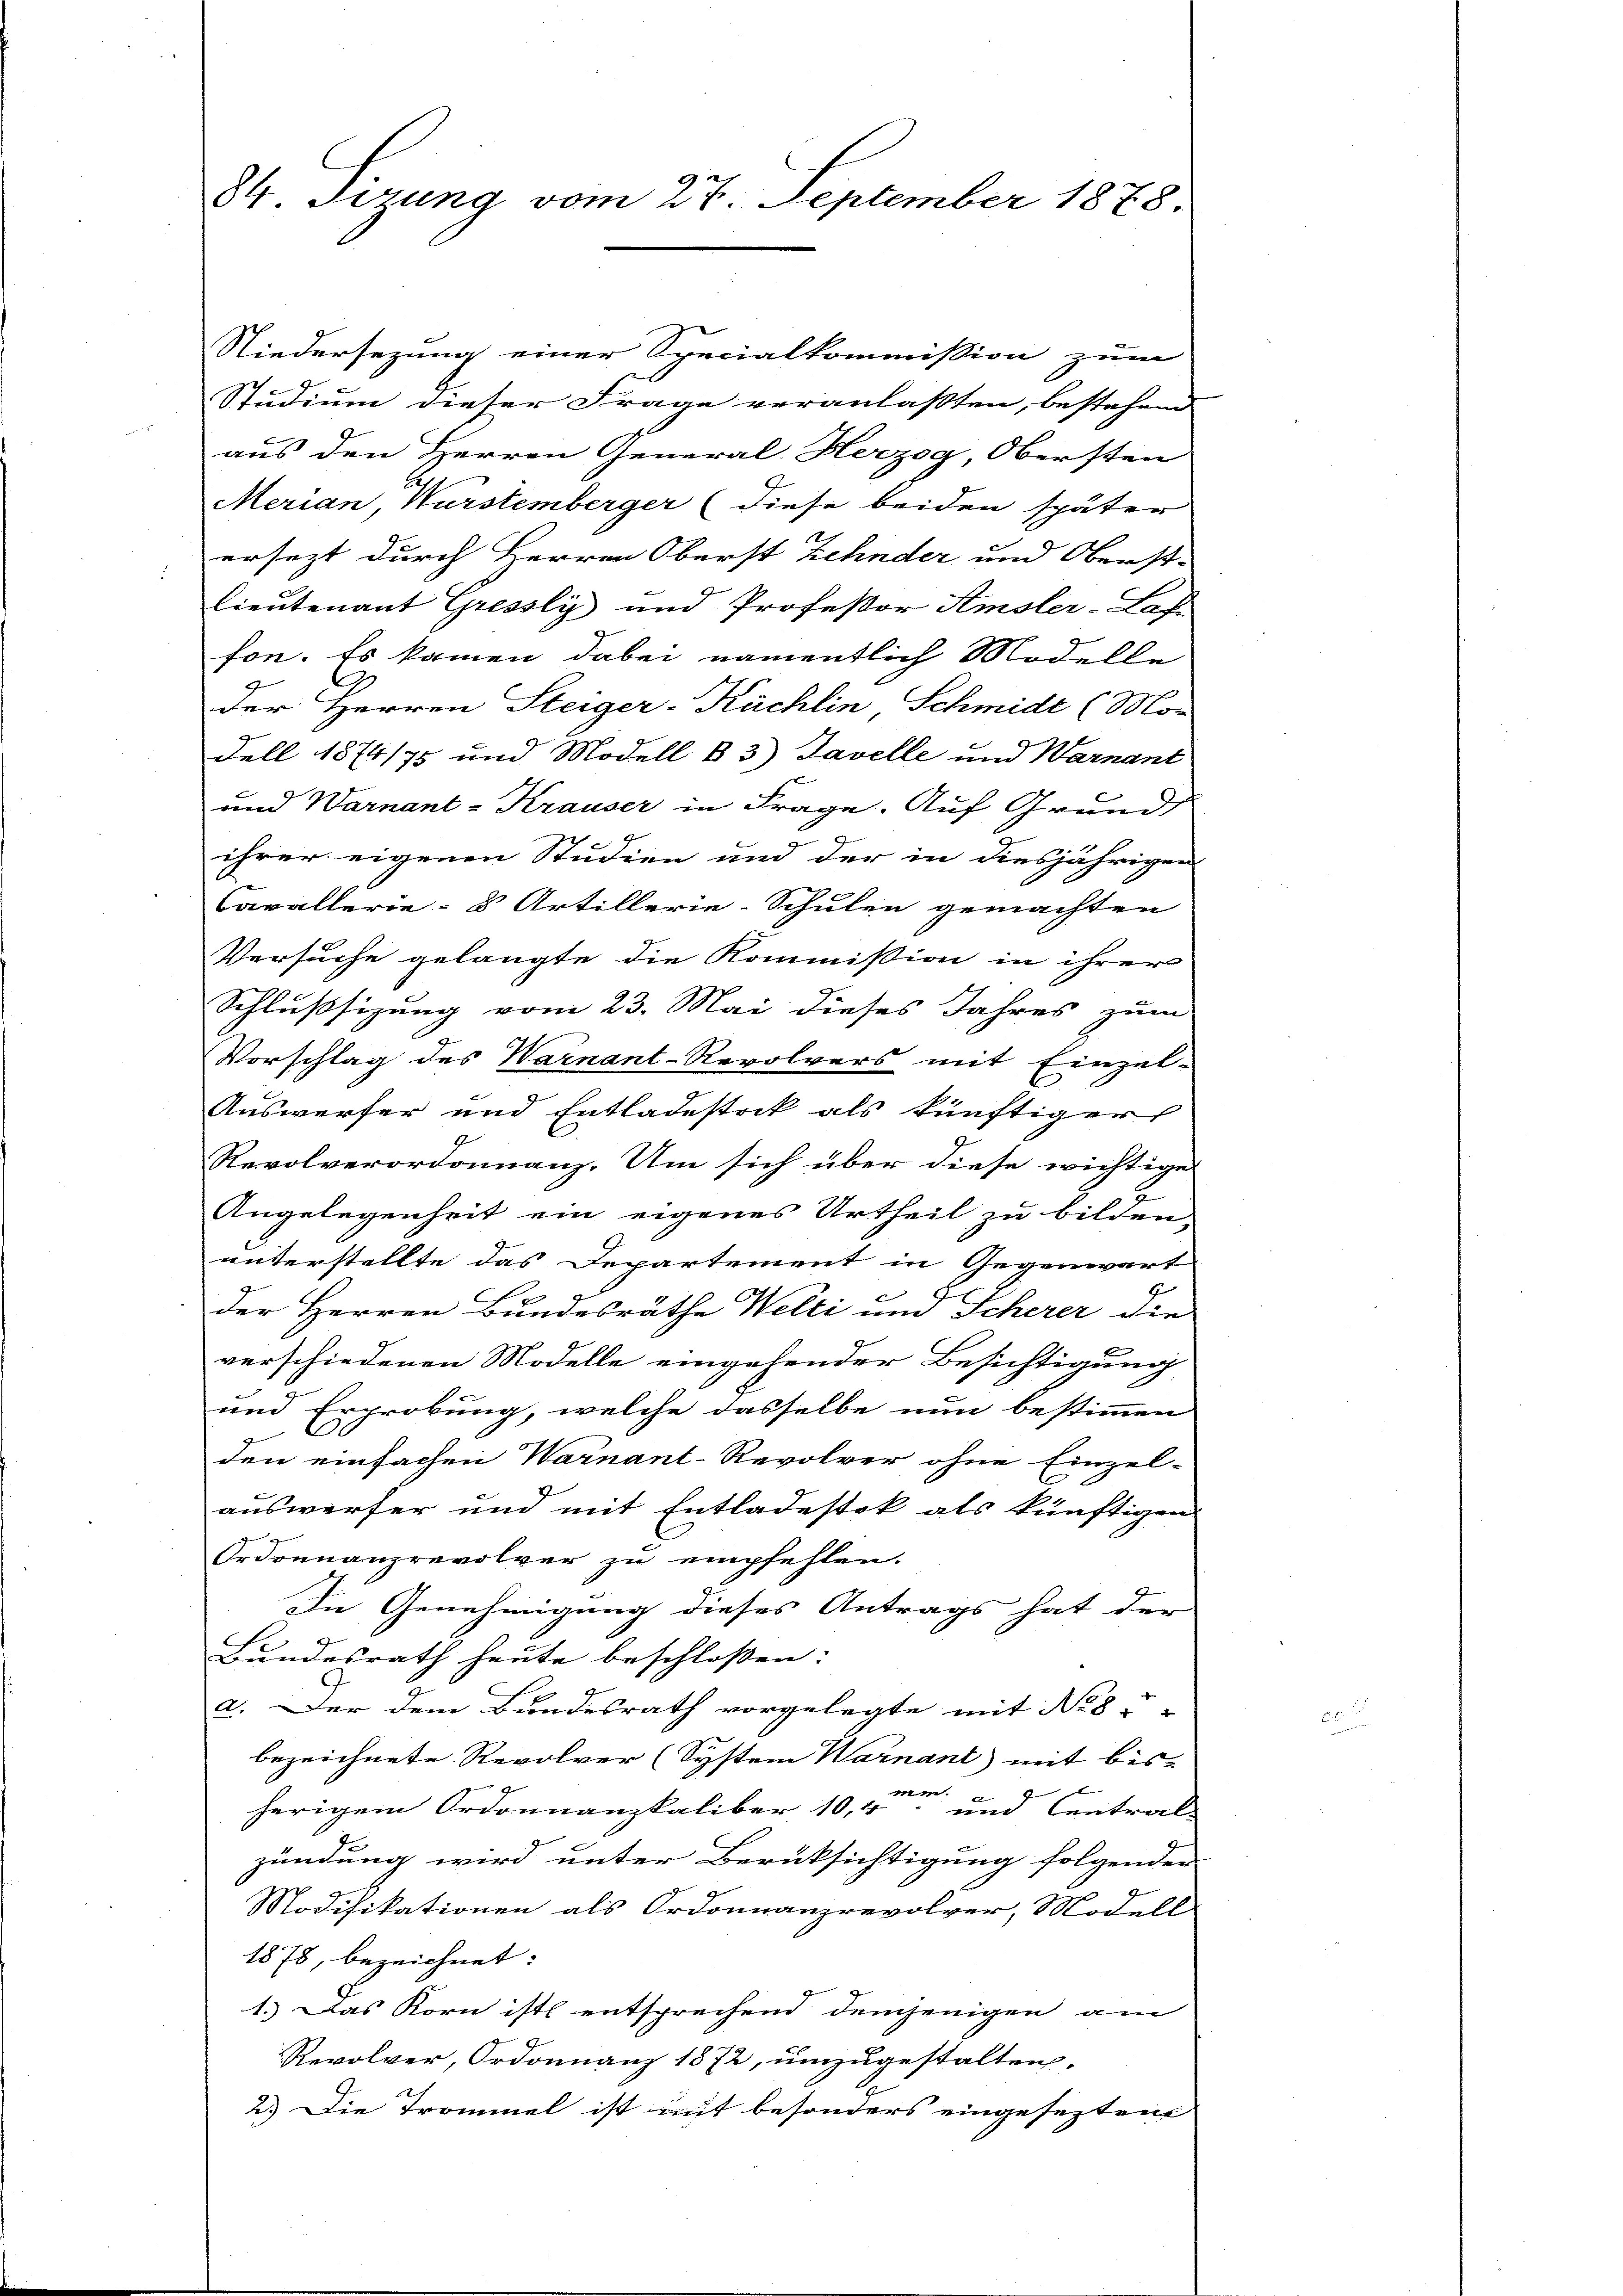
84 Firung vom 27. September 1878.

Niedersezung einer Specialkommission zum
Studium dieser Frage veranlaßten, bestehend |
aus den Herren General Herzog, Obersten
Merian, Wurstemberger (diese beiden später
ersezt durch Herren Oberst Zehnder und Oberst-
Lieutenant Gressly und Professor Amsler-Laf
fon. Es kamen dabei namentlich Modelle
der Herren Steiger-Kächlin Schmidt (Mor
Fell 1874/75 und Modell B 3) Tavelle und Warnant
und Warnant-Krauser in Frage. Auf Grunds
ihrer eigenen Studien und der in diesjährigen
Cavallerie- 8 Artillerie-Schulen gemachten
Versuche gelangte die Kommission in ihrer
Schlußsizung vom 23. Mai dieses Jahres zum
Vorschlag des Warnant-Revolvers mit Einzel-
Auswerfer und Entladestock als künftiger
Revolverordonanz. Um sich über diese wichtige
7
Angelegenheit ein eigenes Urtheil zu bilden,
unterstellte das Departement in Gegenwart
der Herren Bundesräthe Welti und Scherer die
verschiedenen Modelle eingehender Besichtigung
und Erprokung, welche dasselbe nun bestimmen
den einfachen Warnant-Revolver ohne Einzelauswerfer und mit Entladestok als künftigen
Ordonnanzrevolver zu empfehlen.
In Genehmigung dieses Antrags hat der
Bundesrath heute beschlossen:
2. Der dem Bundesrath vorgelegte mit No. 8.
bezeichnete Revolver (System Warnant mit bis
nm.
2
herigem Ordonnanzkaliber 10,4 und Central
zündung wird unter Berüksichtigung folgender
Modifikationen als Ordonnanzrevolver, Modell
1878, bezeichnet:
1.) Das Korn ist entsprechend demjenigen am
Revolver, Ordonnanz 1872, umzugestalten.
2.) Die Trommel ist mit besonders eingesezten